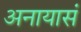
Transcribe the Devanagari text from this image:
अनायासं